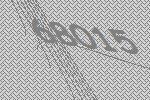
68015